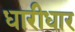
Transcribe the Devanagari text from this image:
धारीधार